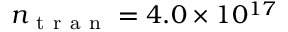
n _ { \mathrm { ~ t ~ r ~ a ~ n ~ } } = 4 . 0 \times 1 0 ^ { 1 7 }